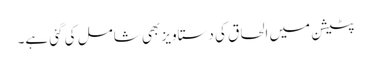
پٹیشن میں الحاق کی دستاویز بھی شامل کی گئی ہے۔